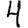
Digit: 4